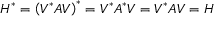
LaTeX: H ^ { * } = \left( V ^ { * } A V \right) ^ { * } = V ^ { * } A ^ { * } V = V ^ { * } A V = H